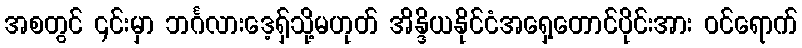
အစတွင် ၎င်းမှာ ဘင်္ဂလားဒေ့ရှ်သို့မဟုတ် အိန္ဒိယနိုင်ငံအရှေ့တောင်ပိုင်းအား ဝင်ရောက်